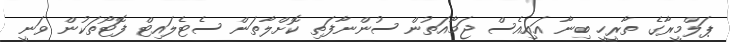
ޕަލްމީރާގެ ތާރީހީ ބިނާ އައިއެސް ޖަމާއަތުން ސުންނާފަތި ކޮށްލާތަން ސެޓެލައިޓް ފޮޓޯތަކުން ވަނީ